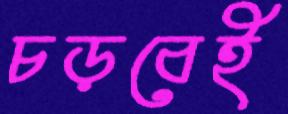
চড়বেই